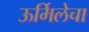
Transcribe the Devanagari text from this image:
ऊर्मिलेचा